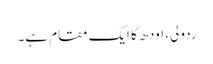
ردولی ، اودھ کا ایک مقام ہے۔